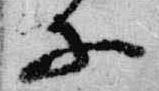
等